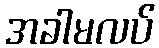
အခါမလပ်